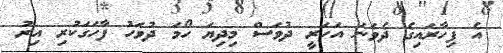
އެ ފިހާރައިގެ ދެވަނަ އަހަރީ ދުވަސް މިދިޔަ ހޯމަ ދުވަހު ފާހަގަކުރި އިރު